Indian journal of veterinary science and animal husbandry - Volumes 22-23, 1952-1953
Year: 1952
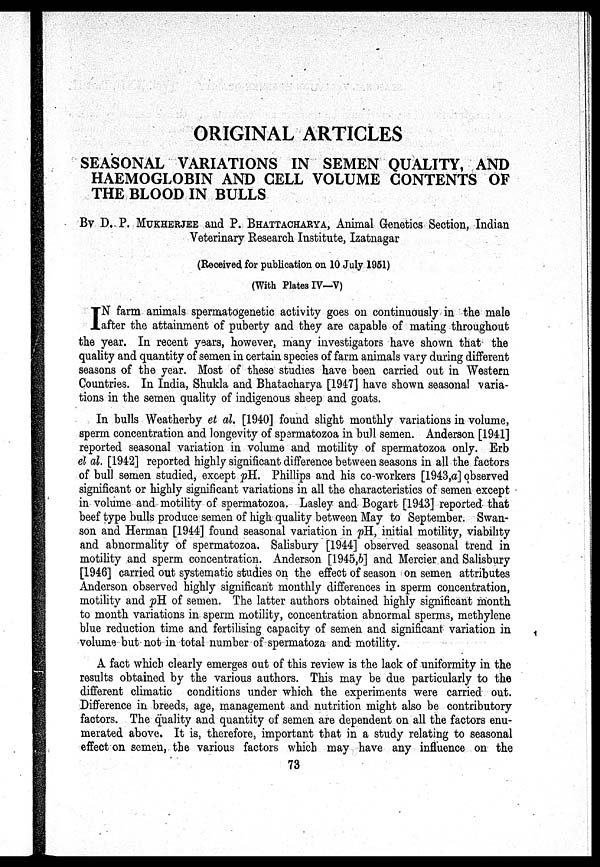
ORIGINAL ARTICLES
SEASONAL VARIATIONS IN SEMEN QUALITY, AND
HAEMOGLOBIN AND CELL VOLUME CONTENTS OF
THE BLOOD IN BULLS
By D. P. MUKHERJEE and P. BHATTACHARYA, Animal Genetics Section, Indian
Veterinary Research Institute, Izatnagar
(Received for publication on 10 July 1951)
(With Plates IV—V)
I N farm animals spermatogenetic activity goes on continuously in the male
after the attainment of puberty and they are capable of mating throughout
the year. In recent years, however, many investigators have shown that the
quality and quantity of semen in certain species of farm animals vary during different
seasons of the year. Most of these studies have been carried out in Western
Countries. In India, Shukla and Bhatacharya [1947] have shown seasonal varia-
tions in the semen quality of indigenous sheep and goats.
In bulls Weatherby et al. [1940] found slight monthly variations in volume,
sperm concentration and longevity of spermatozoa in bull semen. Anderson [1941]
reported seasonal variation in volume and motility of spermatozoa only. Erb
el al. [1942] reported highly significant difference between seasons in all the factors
of bull semen studied, except pH. Phillips and his co-workers [1943,a] observed
significant or highly significant variations in all the characteristics of semen except
in volume and motility of spermatozoa. Lasley and Bogart [1943] reported that
beef type bulls produce semen of high quality between May to September. Swan-
son and Herman [1944] found seasonal variation in pH, initial motility, viability
and abnormality of spermatozoa. Salisbury [1944] observed seasonal trend in
motility and sperm concentration. Anderson [1945,b] and Mercier and Salisbury
[1946] carried out systematic studies on the effect of season on semen attributes
Anderson observed highly significant monthly differences in sperm concentration,
motility and pH of semen. The latter authors obtained highly significant month
to month variations in sperm motility, concentration abnormal sperms, methylene
blue reduction time and fertilising capacity of semen and significant variation in
volume but not in total number of spermatoza and motility.
A fact which clearly emerges out of this review is the lack of uniformity in the
results obtained by the various authors. This may be due particularly to the
different climatic conditions under which the experiments were carried out.
Difference in breeds, age, management and nutrition might also be contributory
factors. The quality and quantity of semen are dependent on all the factors enu-
merated above. It is, therefore, important that in a study relating to seasonal
effect on semen, the various factors which may have any influence on the
73